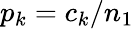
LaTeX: p_{k}=c_{k}/n_{1}